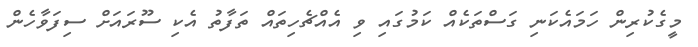
މީގެކުރިން ހަމައެކަނި ގަސްތަކެއް ކަމުގައި ވި އެއްޗެހިތައް ތަފާތު އެކި ސޫރައަށް ސިފަވާހެން